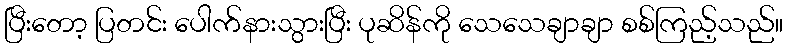
ပြီးတော့ ပြတင်း ပေါက်နားသွားပြီး ပုဆိန်ကို သေသေချာချာ စစ်ကြည့်သည်။